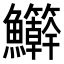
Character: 𬵾